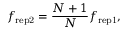
f _ { \mathrm { r e p 2 } } = \frac { N + 1 } { N } f _ { \mathrm { r e p 1 } } ,